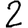
Digit: 2